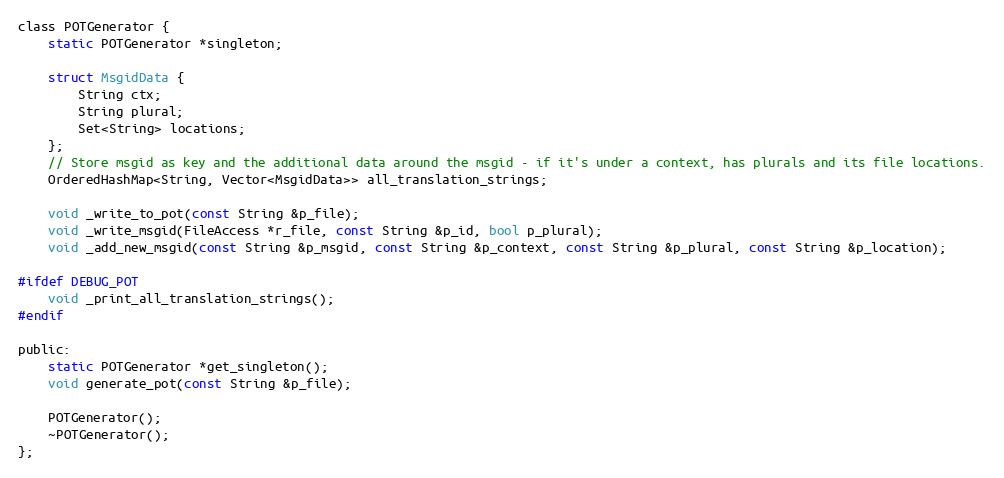
Language: C
class POTGenerator {
	static POTGenerator *singleton;

	struct MsgidData {
		String ctx;
		String plural;
		Set<String> locations;
	};
	// Store msgid as key and the additional data around the msgid - if it's under a context, has plurals and its file locations.
	OrderedHashMap<String, Vector<MsgidData>> all_translation_strings;

	void _write_to_pot(const String &p_file);
	void _write_msgid(FileAccess *r_file, const String &p_id, bool p_plural);
	void _add_new_msgid(const String &p_msgid, const String &p_context, const String &p_plural, const String &p_location);

#ifdef DEBUG_POT
	void _print_all_translation_strings();
#endif

public:
	static POTGenerator *get_singleton();
	void generate_pot(const String &p_file);

	POTGenerator();
	~POTGenerator();
};